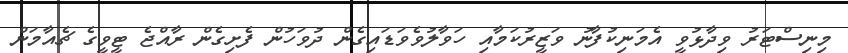
މިނިސްޓަރު ވިދާޅުވީ އެމަނިކުފާނު ވަޒީރުކަމާއި ހަވާލުވެވަޑައިގެން ދުވަހުން ފެށިގެން ރާއްޖެ ޓީވީގެ ޗެއާމަން